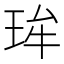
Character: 𱮽